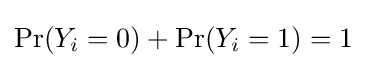
\Pr(Y_{i}=0)+\Pr(Y_{i}=1)=1